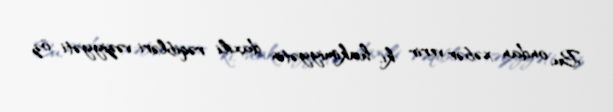
Bu, ondan xəbər verir ki, hakimiyyətin daxili rəqibləri vəziyyəti öz